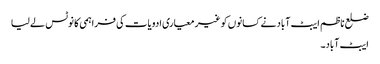
ضلع ناظم ایبٹ آباد نے کسانوں کو غیر معیاری ادویات کی فراہمی کا نوٹس لے لیا
ایبٹ آباد۔